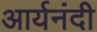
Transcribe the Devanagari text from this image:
आर्यनंदी